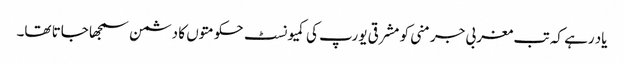
یاد رہے کہ تب مغربی جرمنی کو مشرقی یورپ کی کمیونسٹ حکومتوں کا دشمن سمجھا جاتا تھا۔